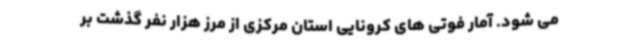
می شود. آمار فوتی های کرونایی استان مرکزی از مرز هزار نفر گذشت بر